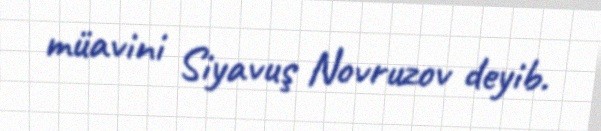
müavini Siyavuş Novruzov deyib.